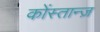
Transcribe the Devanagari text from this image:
कोंस्तान्ज़